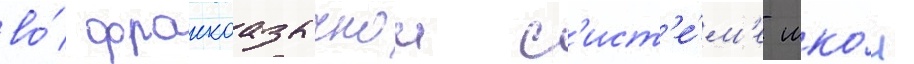
во́ франкоазычнои с'ист'е́м'е шко́л